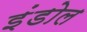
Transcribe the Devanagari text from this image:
इंडोल